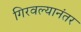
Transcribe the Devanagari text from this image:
गिरवल्यानंतर